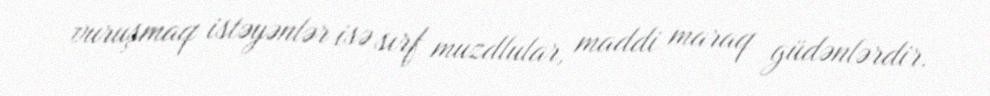
vuruşmaq istəyənlər isə sırf muzdlular, maddi maraq güdənlərdir.